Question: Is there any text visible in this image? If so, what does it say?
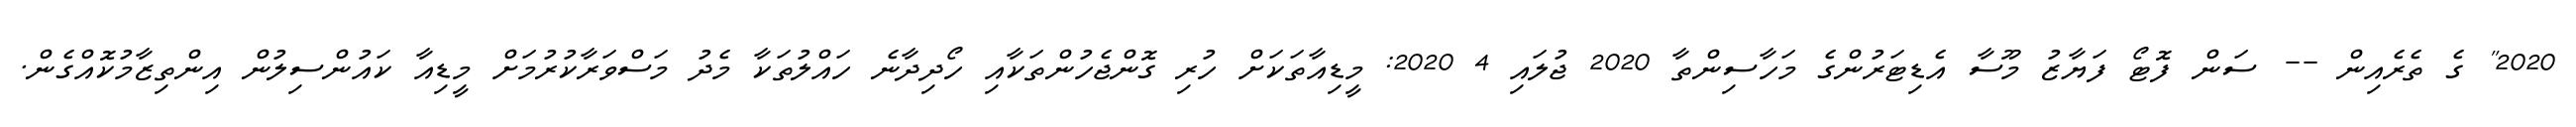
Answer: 2020" ގެ ތެރެއިން -- ސަން ފޮޓޯ ފަޔާޒު މޫސާ އެޑިޓަރުންގެ މަހާސިންތާ 2020 ޖުލައި 4 2020: މީޑިއާތަކަށް ހުރި ގޮންޖެހުންތަކާއި ހޯދިދާނެ ހައްލުތަކާ މެދު މަސްވަރާކުރުމަށް މީޑިއާ ކައުންސިލުން އިންތިޒާމުކޮއްގެން.